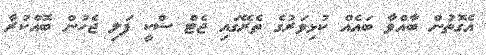
އެގޮތުން ބާއްވާ ބައެއް ކުޅިވަރުގެ ތެރޭގައި ޖެޓް ސްކީ ފަލި ޖެހުން ބޮއްކުރާ